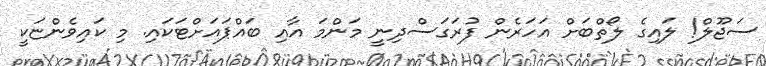
ސަޖޫލް! ލައިގެ ލޯތްބަށް އަހަރެން ފުރަގަސްދިނީ މަންމަ އާއި ބައްޕައަށްޓަކައި. މި ކައިވެންޏަކީ